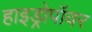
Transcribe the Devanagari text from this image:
हाइड्रोपॉवर